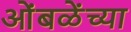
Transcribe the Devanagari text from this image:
ओंबळेंच्या